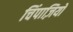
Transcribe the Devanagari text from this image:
चिंपाज़ियों